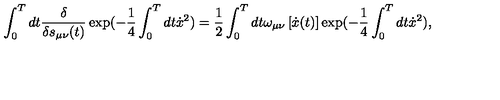
\int _ { 0 } ^ { T } d t \frac { \delta } { { \delta s _ { \mu \nu } ( t ) } } \exp ( - \frac { 1 } { 4 } \int _ { 0 } ^ { T } { d t \dot { x } ^ { 2 } ) = \frac { 1 } { 2 } } \int _ { 0 } ^ { T } d t \omega _ { \mu \nu } \left[ \dot { x } ( t ) \right] \exp ( - \frac { 1 } { 4 } \int _ { 0 } ^ { T } { d t \dot { x } ^ { 2 } } ) ,